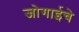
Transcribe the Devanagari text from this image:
जोगाईचे